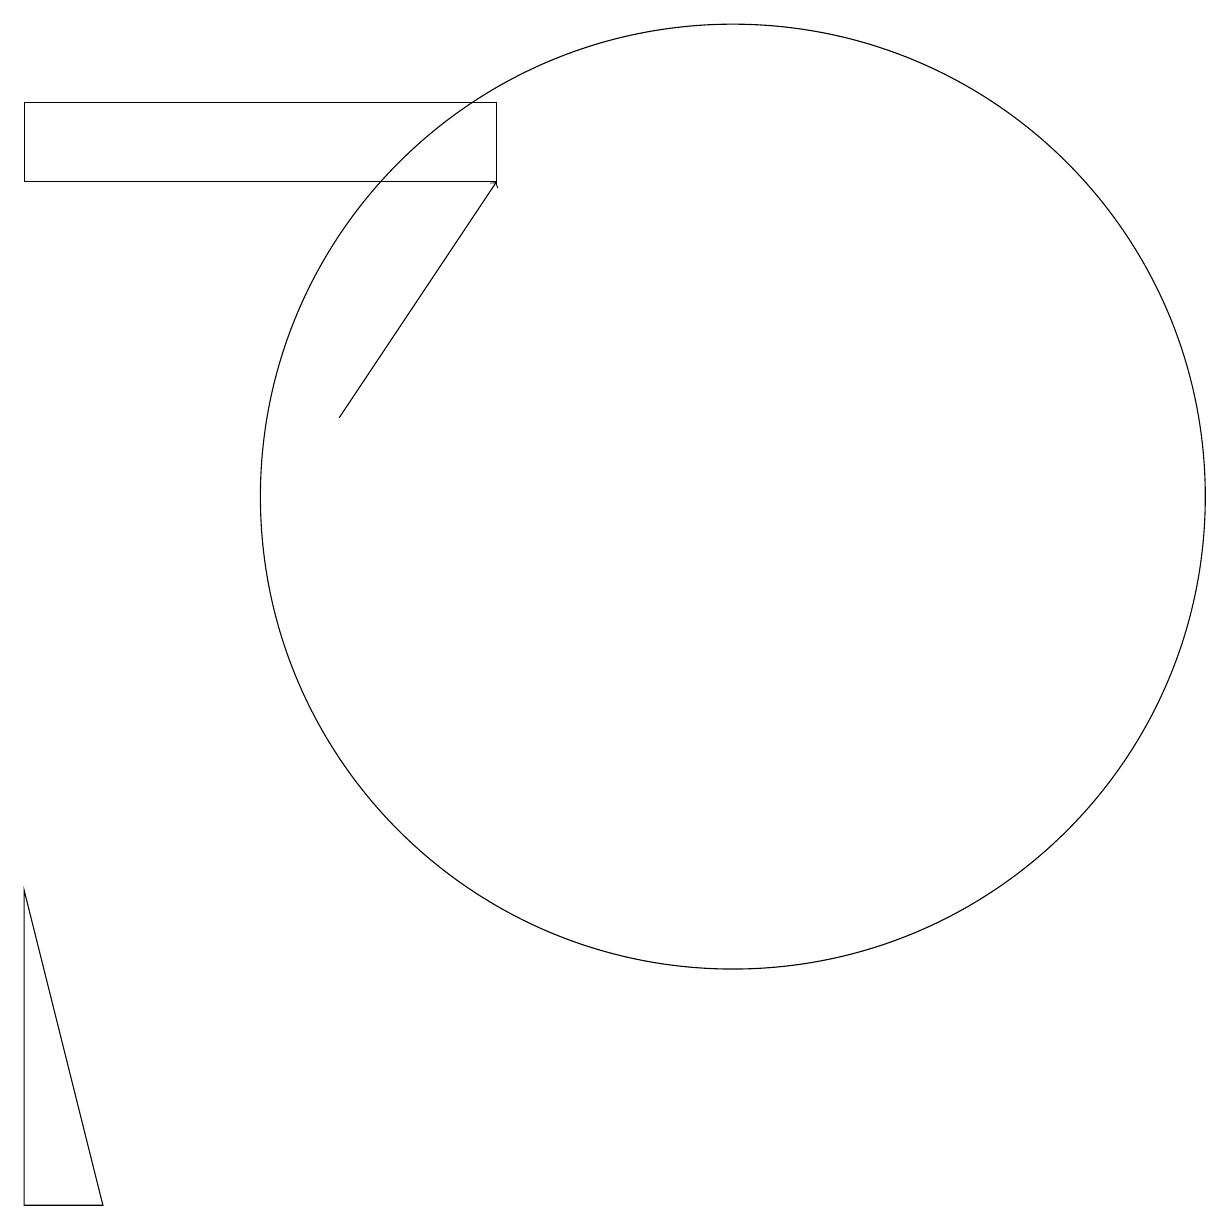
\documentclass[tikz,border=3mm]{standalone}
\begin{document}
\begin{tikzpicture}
\draw (2,15) rectangle (8,14);
\draw (11,10) circle (6);
\draw[->] (6,11) -- (8,14);
\draw (3,1) -- (2,5) -- (2,1) -- cycle;
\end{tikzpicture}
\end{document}